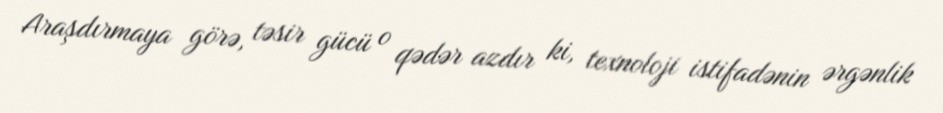
Araşdırmaya görə, təsir gücü o qədər azdır ki, texnoloji istifadənin ərgənlik